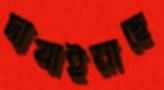
দাবাইয়াছে